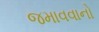
જમાવવાનો